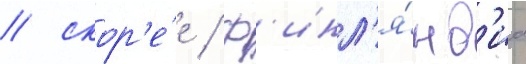
/ скор'е́е / ф'инл'я́нд'иа